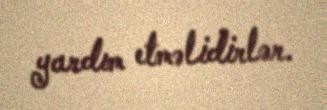
yardım etməlidirlər.